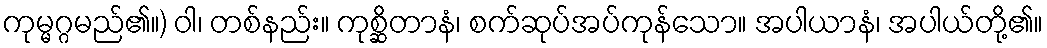
ကုမ္မဂ္ဂမည်၏။) ဝါ၊ တစ်နည်း။ ကုစ္ဆိတာနံ၊ စက်ဆုပ်အပ်ကုန်သော။ အပါယာနံ၊ အပါယ်တို့၏။